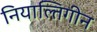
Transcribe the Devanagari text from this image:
नियाल्तिगीन